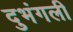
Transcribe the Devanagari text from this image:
दुभंगली